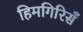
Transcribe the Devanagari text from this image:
हिमगिरिसँ